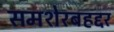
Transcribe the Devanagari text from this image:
समशेरबहद्दर